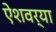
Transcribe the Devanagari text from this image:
ऐशवर्या